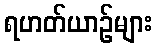
ရဟတ်ယာဉ်များ